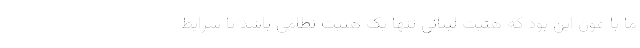
ما با عون این بود که هئیت لبنانی تنها یک هئیت نظامی باشد تا شرایط